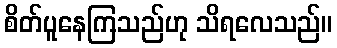
စိတ်ပူနေကြသည်ဟု သိရလေသည်။